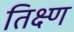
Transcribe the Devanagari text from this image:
तिक्ष्ण